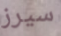
سيرز